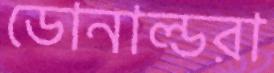
ডোনাল্ডরা